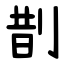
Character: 剒